Sketch of the medical history of the native army of Bombay, for the year
Year: 1870
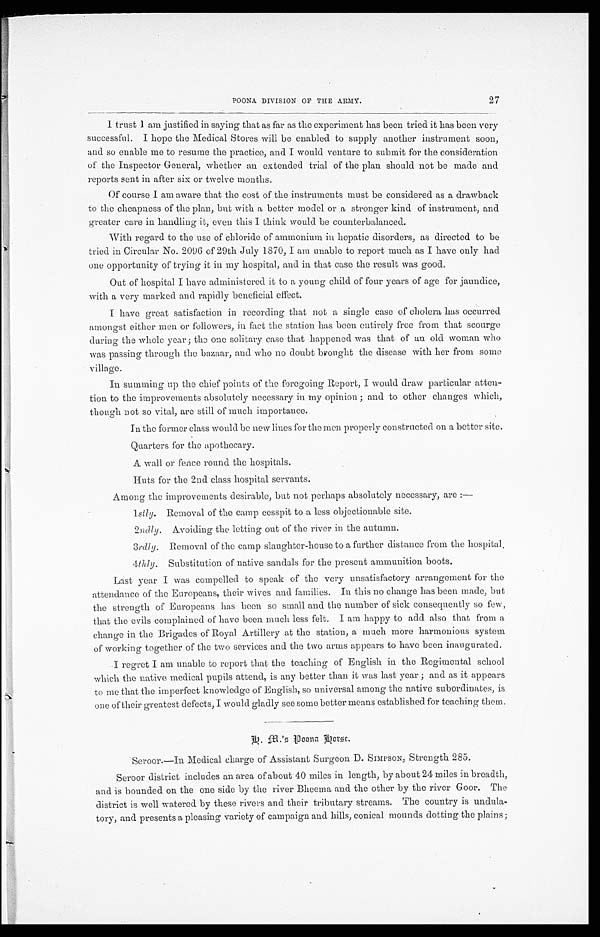
POONA DIVISION OF THE ARMY.
27
I trust I am justified in saying that as far as the experiment has been tried it has been very
successful. I hope the Medical Stores will be enabled to supply another instrument soon,
and so enable me to resume the practice, and I would venture to submit for the consideration
of the Inspector General, whether an extended trial of the plan should not be made and
reports sent in after six or twelve months.
Of course I am aware that the cost of the instruments must be considered as a drawback
to the cheapness of the plan, but with a better model or a stronger kind of instrument, and
greater care in handling it, even this I think would be counterbalanced.
With regard to the use of chloride of ammonium in hepatic disorders, as directed to be
tried in Circular No. 2096 of 29th July 1870, I am unable to report much as I have only had
one opportunity of trying it in my hospital, and in that case the result was good.
Out of hospital I have administered it to a young child of four years of age for jaundice,
with a very marked and rapidly beneficial effect.
I have great satisfaction in recording that not a single case of cholera has occurred
amongst either men or followers, in fact the station has been entirely free from that scourge
during the whole year ; the one solitary case that happened was that of an old woman who
was passing through the bazaar, and who no doubt brought the disease with her from some
village.
In summing up the chief points of the foregoing Report, I would draw particular atten--
tion to the improvements absolutely necessary in my opinion ; and to other changes which,
though not so vital, are still of much importance.
In the former class would be new lines for the men properly constructed on a better site.
Quarters for the apothecary.
A wall or fence round the hospitals.
Huts for the 2nd class hospital servants.
Among the improvements desirable, but not perhaps absolutely necessary, are :—
1stly. Removal of the camp cesspit to a less objectionable site.
2ndly.
Avoiding the letting out of the river in the autumn.
3rdly. Removal of the camp slaughter-house to a further distance from the hospital.
4thly. Substitution of native sandals for the present ammunition. boots.
Last year I was compelled to speak of the very unsatisfactory arrangement for the
attendance of the Europeans, their wives and families. In this no change has been made, but
the strength of Europeans has been so small and the number of sick consequently so few,
that the evils complained of have been much less felt. I am happy to add also that from a
change in the Brigades of Royal Artillery at the station, a much more harmonious system
of working together of the two services and the two arms appears to have been inaugurated.
I regret I am unable to report that the teaching of English in the Regimental school
which the native medical pupils attend, is any better than it was last year ; and as it appears
to me that the imperfect knowledge of English, so universal among the native subordinates, is
one of their greatest defects, I would gladly see some better means established for teaching them.
Seroor.—In Medical charge of Assistant Surgeon D. SIMPSON, Strength 285.
Seroor district includes an area of about 40 miles in length, by about 24 miles in breadth,
and is bounded on the one side by the river Bheema and the other by the river Goor. The
district is well watered by these rivers and their tributary streams. The country is undula-
-tory, and presents a pleasing variety of campaign and hills, conical mounds dotting the plains;